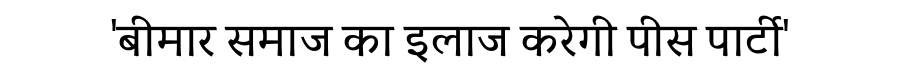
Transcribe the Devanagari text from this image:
'बीमार समाज का इलाज करेगी पीस पार्टी'